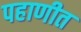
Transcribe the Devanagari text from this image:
पहाणीत